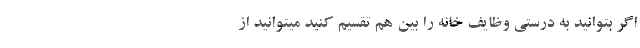
اگر بتوانید به درستی وظایف خانه را بین هم تقسیم کنید میتوانید از